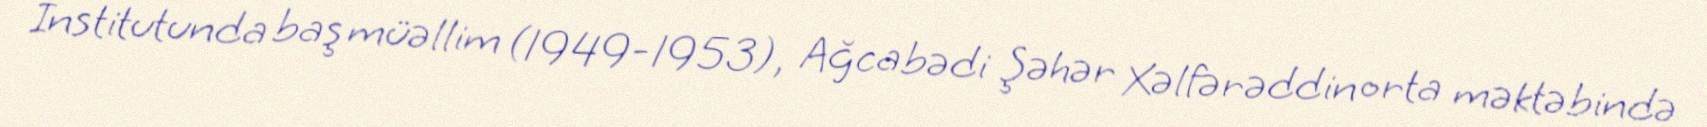
İnstitutunda baş müəllim (1949-1953), Ağcabədi Şəhər Xəlfərəddin orta məktəbində